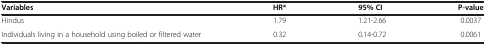
<table><thead><tr><td><b>Variables</b></td><td><b>HR*</b></td><td><b>95% CI</b></td><td><b>P-value</b></td></tr></thead><tbody><tr><td>Hindus</td><td>1.79</td><td>1.21-2.66</td><td>0.0037</td></tr><tr><td>Individuals living in a household using boiled or filtered water</td><td>0.32</td><td>0.14-0.72</td><td>0.0061</td></tr></tbody></table>